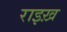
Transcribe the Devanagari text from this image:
राइख़